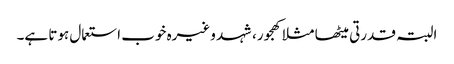
البتہ قدرتی میٹھا مثلا کھجور، شہد وغیرہ خوب استعمال ہوتا ہے۔